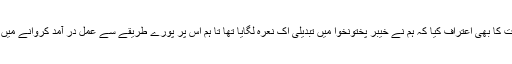
پرویز خٹک نے اس بات کا بھی اعتراف کیا کہ ہم نے خیبر پختونخوا میں تبدیلی اک نعرہ لگایا تھا تا ہم اس پر پورے طریقے سے عمل در آمد کروانے میں کامیاب نہیں ہو سکے۔